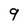
Character: 9